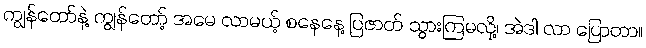
ကျွန်တော်နဲ့ ကျွန်တော့် အမေ လာမယ့် စနေနေ့ ပြဇာတ် သွားကြမလို့၊ အဲဒါ လာ ပြောတာ။